Civil Veterinary Dept. Assam report 1927-50 - 1927-1950
Year: 1927
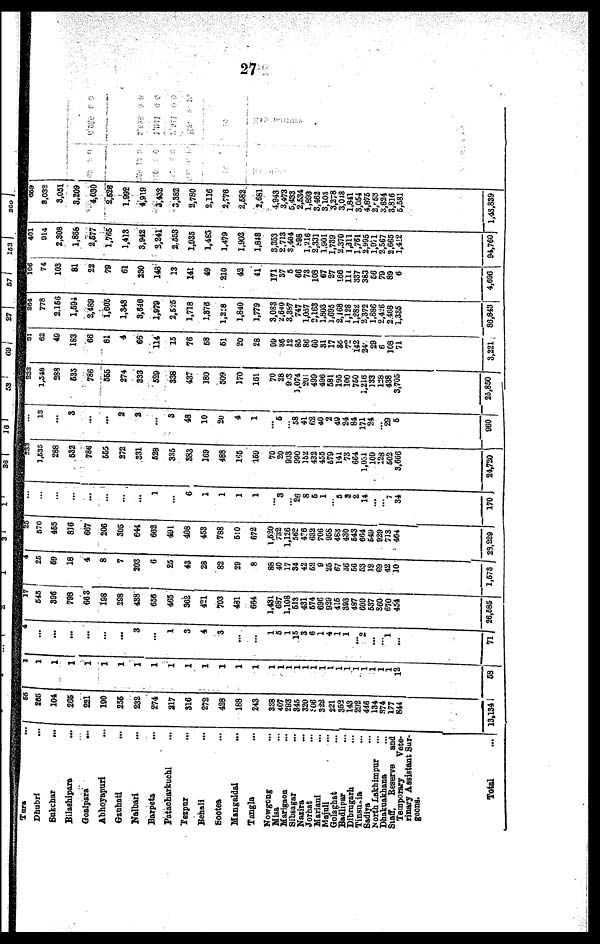
27
Tura ...
Dhubri ...
Sukchar
...
Bilashipara ...
Goalpsra
...
Abhoyapuri ...
Gauhati ...
Nalbari ...
Barpeta ...
Patacharkuchi ...
Tezpur ...
Behali ...
Sootea ...
Mangaldai ...
Tangla ...
Nowgong ...
Misa ...
Marigaon ...
Sibsagar ...
Nazira ...
Jorhat ...
Mariani ...
Majnli ...
Golaghat
...
Badlipar ...
Dibrogarh
...
Tinsuaia ...
Sadiya ...
North Lakhimpur ...
Dhakuakhana ...
Staff,
Reserve
and
Temporary
Vete-
rinary Assistant Sur-
geons.
Total ...
55
265
104
265
221
190
256
232
274
217
316
272
428
188
243
338
407
293
345
320
806
322
221
352
143
292
446
134
874
177
844
13,134
1
1
1
1
1
1
1
1
1
1
1
1
1
1
1
1
1
1
1
1
1
1
1
1
1
1
12
58
...
...
...
...
...
...
...
3
...
1
3
4
8
...
...
1
6
1
15
3
6
1
4
1
1
...
2
...
...
1
..
.
71
...
545
396
798
663
198
298
438
656
465
362
421
703
481
664
1.431
687
1.108
513
431
674
696
929
415
393
487
609
637
860
670
454
26,585
...
25
59
18
4
8
7
203
6
25
43
28
82
29
8
88
40
17
34
42
62
9
25
67
36
56
53
12
69
42
10
3,573
...
570
455
816
667
206
305
644
602
491
408
453
788
510
672
1,520
732
1,126
562
476
632
706
958
483
430
643
664
649
929
713
464
29,229
...
...
...
...
...
...
...
...
1
...
6
1
1
1
1
...
3
...
26
8
5
1
...
5
9
2
14
...
...
7
34
170
...
1,533
288
532
786
555
272
331
628
335
383
169
488
165
169
70
20
998
990
152
432
455
679
141
73
664
l,031
109
123
602
3,666
24,720
...
13
...
3
...
...
2
2
...
3
48
10
20
4
1
...
5
...
58
41
62
40
2
49
24
84
171
21
...
29
6
960
...
1,548
288
635
786
555
274
333
529
338
437
180
509
170
11
70
28
93
1,074
201
499
496
581
195
100
750
1,216
133
128
438
3,705
25,850
...
62
49
183
66
81
4
66
114
15
76
68
61
20
28
09
36
12
85
86
60
81
17
86
72
142
24
29
6
108
71
3,221
...
778
2.166
1,594
2,489
1,005
1,348
3,846
1,979
2,526
1,718
1,376
1,248
1,840
1,779
3,083
2,640
3,387
747
1,057
2,163
1,803
1,695
2,168
1,128
1,282
2,372
1,886
2,4:6
2.468
1,335
86,843
...
74
103
81
22
79
61
230
148
13
141
49
210
42
41
171
87
5
66
73
108
67
27
166
111
337
383
56
79
89
6
4,696
...
914
2,308
1,868
2,577
1,765
1,418
3,942
2,241
2,553
1,935
1,483
1,479
1,902
1,848
8,353
2,713
3,404
398
1,216
2,331
1.901
1,739
2,370
1,311
1,761
2,995
1,971
2,567
2,665
1,412
94,760
...
8.032
3,051
3,209
4,030
2,526
1.992
4,919
3,432
3,382
2,780
2,116
2,776
2,682
2,681
4,943
3,473
5,433
2,534
1,893
3,462
3,103
3,278
3,018
1,841
3,054
4,875
2,53
3,624
3,816
5,581
1,48,839